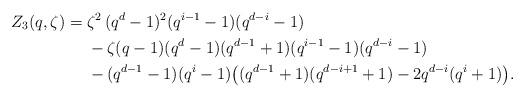
LaTeX: \begin{align*} Z_3(q,\zeta) =& \;\zeta^2\, (q^d-1)^2(q^{i-1}-1)(q^{d-i}-1)\\ & \; - \zeta (q-1)(q^d-1)(q^{d-1}+1)(q^{i-1}-1)(q^{d-i}-1)\\ & \; - (q^{d-1}-1)(q^i-1) \big( (q^{d-1}+1)(q^{d-i+1}+1)-2 q^{d-i}(q^i+1) \big).\end{align*}